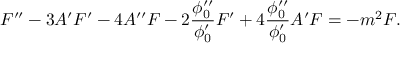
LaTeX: F ^ { \prime \prime } - 3 A ^ { \prime } F ^ { \prime } - 4 A ^ { \prime \prime } F - 2 \frac { \phi _ { 0 } ^ { \prime \prime } } { \phi _ { 0 } ^ { \prime } } F ^ { \prime } + 4 \frac { \phi _ { 0 } ^ { \prime \prime } } { \phi _ { 0 } ^ { \prime } } A ^ { \prime } F = - m ^ { 2 } F .